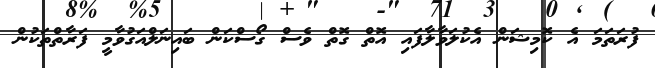
ފުރަތަމަ އެ ކޮމިޝަން އެކުލަވާލާފައި އޮތް ގޮތް ވެސް ގޯސްކަން ބައިނަލްއަގުވާމީ ފަރާތްތަކުން